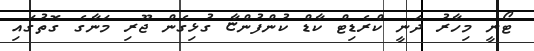
ޓޯނީ މިހާރު ދަނީ ކްރެޑިޓް ކާޑް ކުންފުންޏާ ގުޅިގެން ޖޫރި މަނާގެ ގޮތުގައި